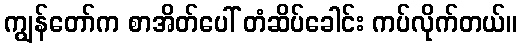
ကျွန်တော်က စာအိတ်ပေါ် တံဆိပ်ခေါင်း ကပ်လိုက်တယ်။